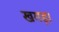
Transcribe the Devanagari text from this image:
खगड़ा